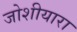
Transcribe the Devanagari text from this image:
जोशीयारा